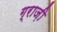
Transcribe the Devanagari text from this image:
ग्राज़ी